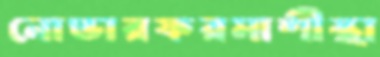
নোভারফরমাশীস্থা